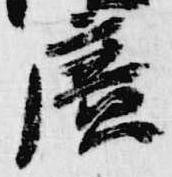
広